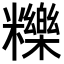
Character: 𥽗